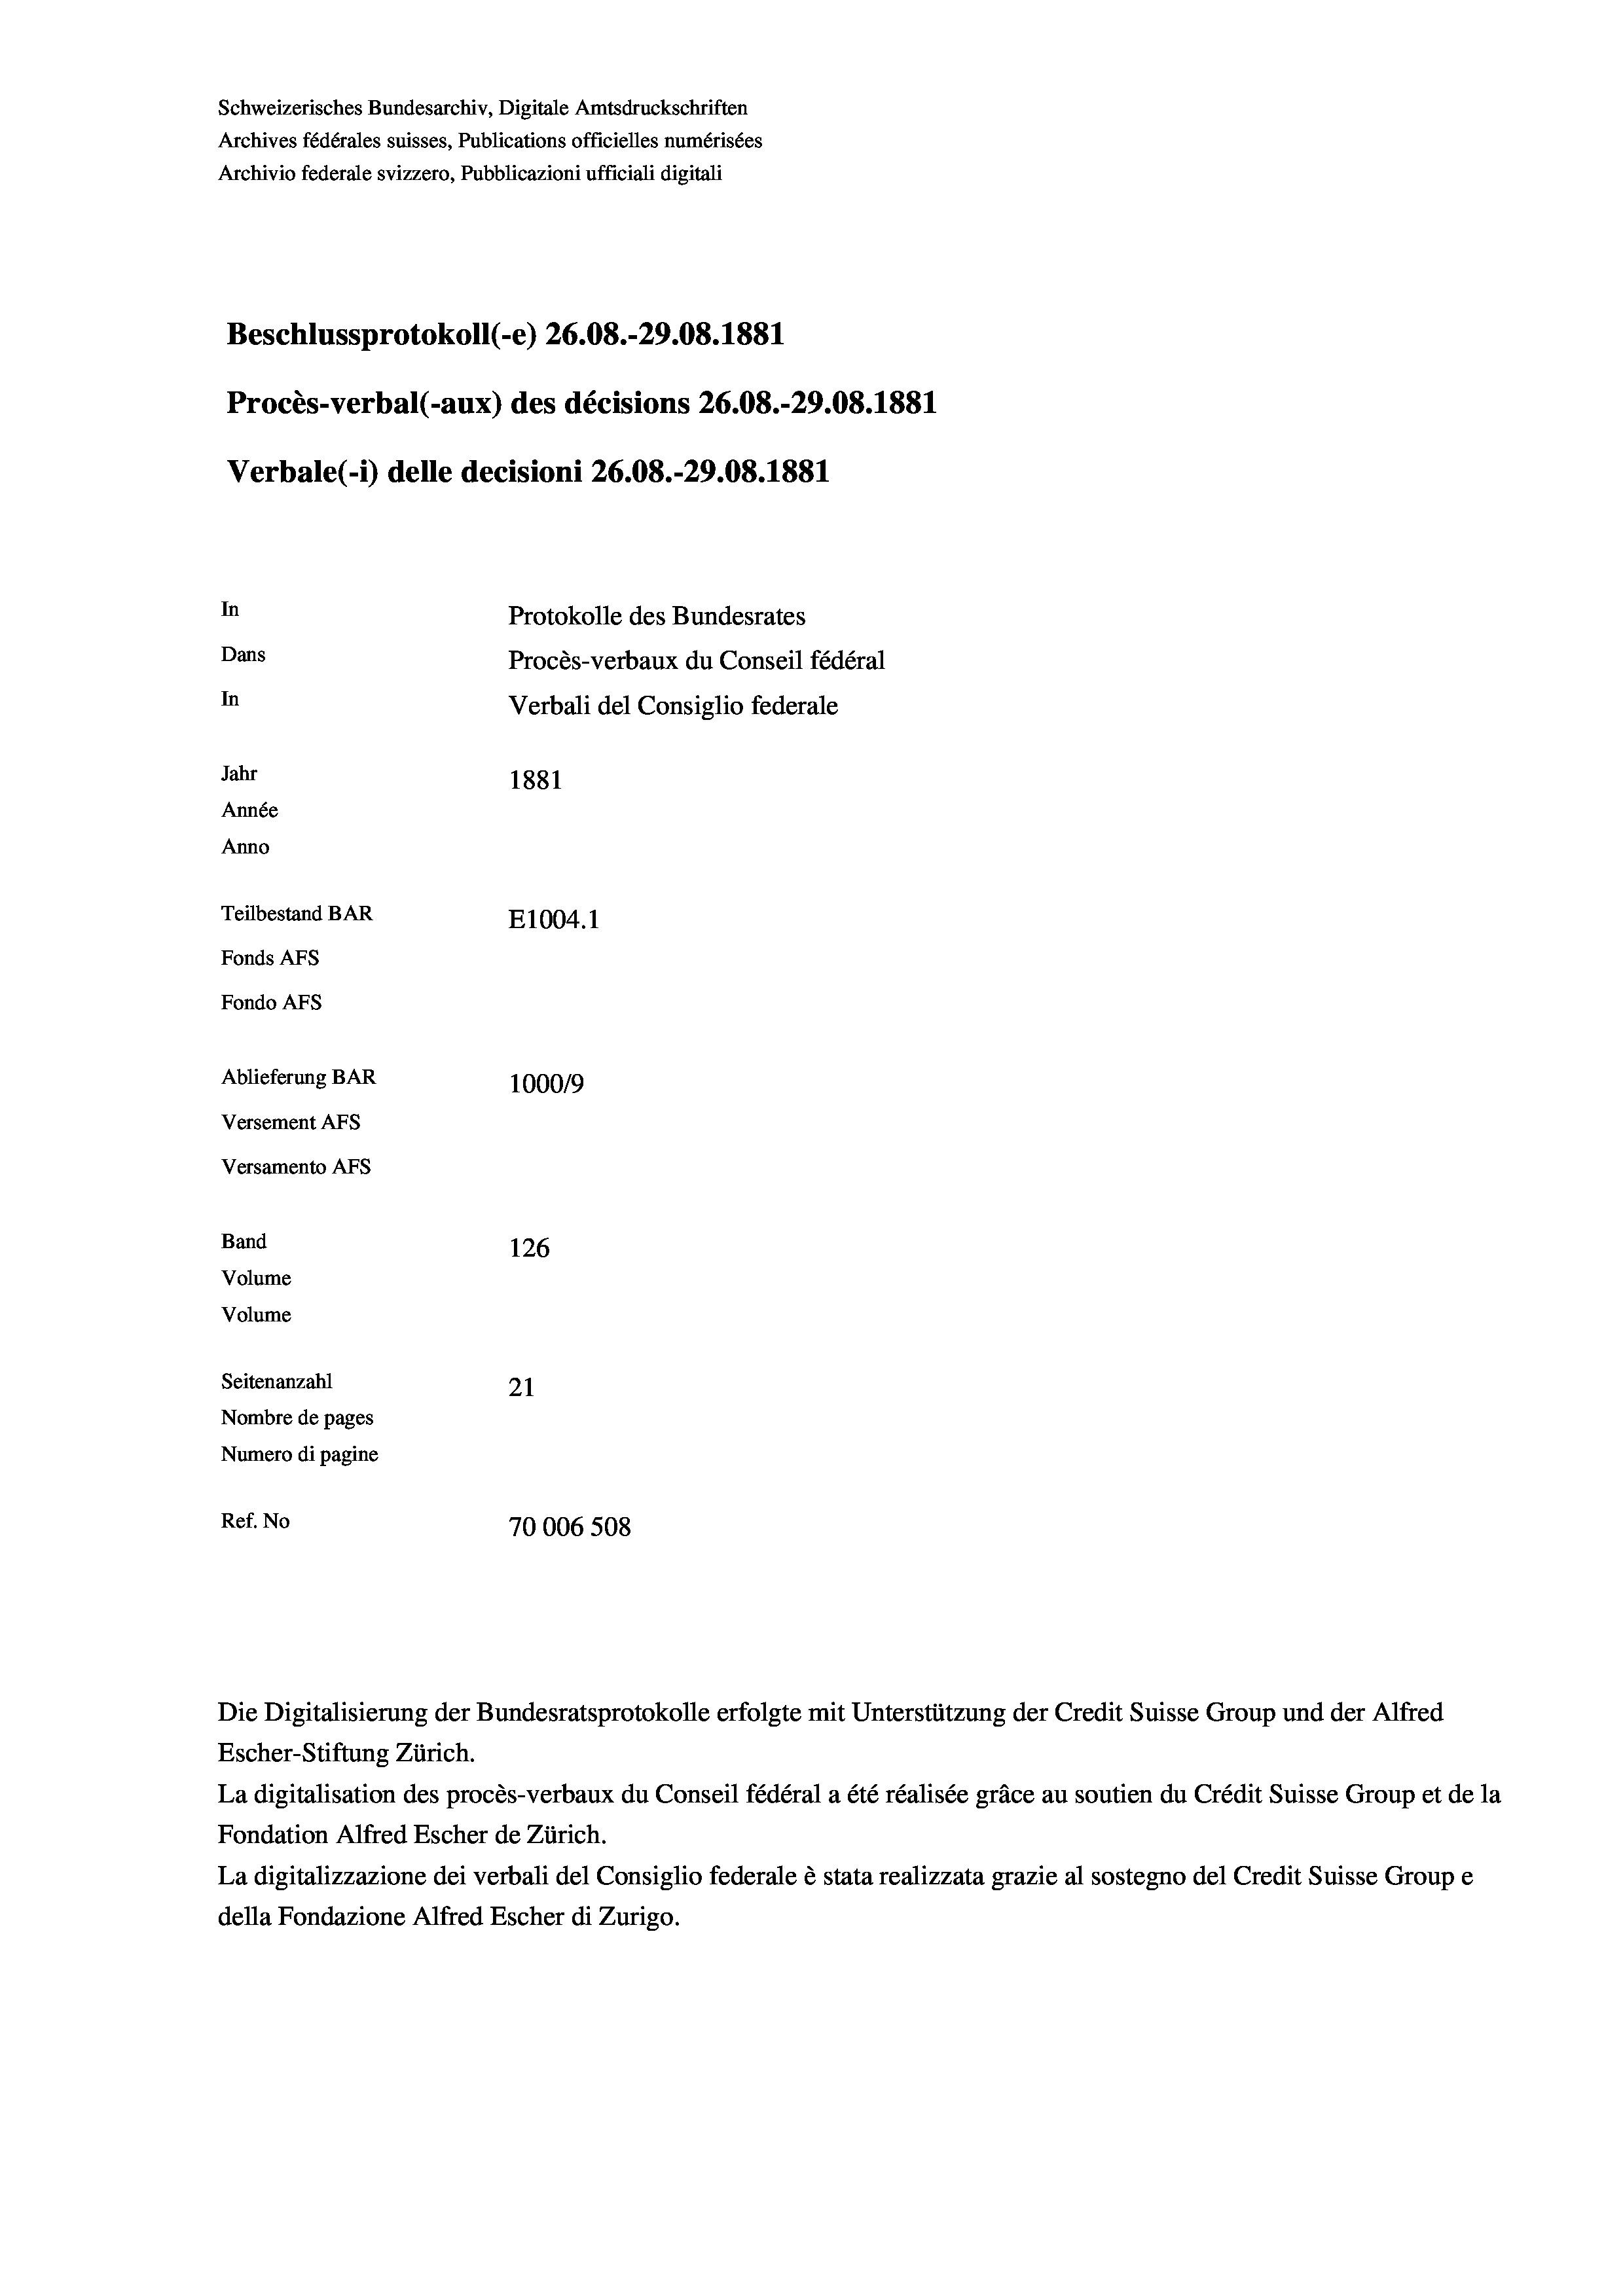
Schweizerisches Bundesarchiv, Digitale Amtsdruckschriften
Archives fédérales suisses, Publications officielles numérisées
Archivio federale svizzero, Pubblicazioni ufficiali digitali
Beschlussprotokoll (-e) 26.08.-29.08. 1881
Procès-verbal (-aux) des décisions 26.08.-29.08. 1881
In
Protokolle des Bundesrates
Dans
Procès-verbaux du Conseil fédéral
In
Jahr
1881
Année
Anno
Teilbestand BAR
E1004.1
Fonds AFs
Fondo Afs
Ablieferung BAR
10009
Versement Ans
Versamento AFs
Band
126
Volume
Volume
Seitenanzahl
21
Nombre de pages
Numero di pagine
Ref. No
70006 508

Verbale(-*) delle decisioni 26.08.-29.08. 1881

Verbali del Consiglio federale

Die Digitalisierung der Bundesratsprotokolle erfolgte mit Unterstützung der Credit Suisse Group und der Alfred
Escher-Stiftung Zürich.
La digitalisation des procès-verbaux du Conseil fédéral a été réalisée gräce au soutien du Crédit Suisse Group et de la
Fondation Alfred Escher de Zürich.
La digitalizzazione dei verbali del Consiglio federale è stata realizzata grazie al sostegno del Credit Suisse Groupe
della Fondazione Alfred Escher di Zurigo.